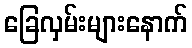
ခြေလှမ်းများနောက်